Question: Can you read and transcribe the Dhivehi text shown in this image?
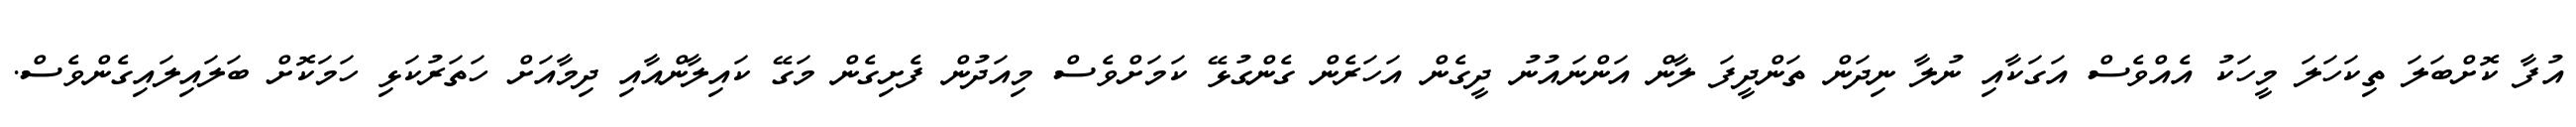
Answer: އުފާ ކޮށްބަލަ ތިކަހަލަ މީހަކު އެއްވެސް އަގަކާއި ނުލާ ނިދަން ތަންދީފަ ލާން އަންނައުނު ދީގެން އަހަރެން ގެންގުޅޭ ކަމަށްވެސް މިއަދުން ފެށިގެން މަގޭ ކައިލާންއާއި ދިމާއަށް ހަތަރުކަޅި ހަމަކޮށް ބަލައިލައިގެންވެސް.